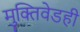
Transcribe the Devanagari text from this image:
मुक्तिवेडही